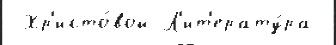
 Хр'исто́вой Л'ит'ерату́ра